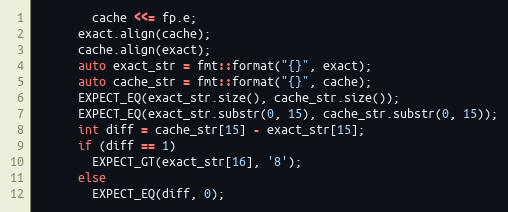
Language: C++
        cache <<= fp.e;
      exact.align(cache);
      cache.align(exact);
      auto exact_str = fmt::format("{}", exact);
      auto cache_str = fmt::format("{}", cache);
      EXPECT_EQ(exact_str.size(), cache_str.size());
      EXPECT_EQ(exact_str.substr(0, 15), cache_str.substr(0, 15));
      int diff = cache_str[15] - exact_str[15];
      if (diff == 1)
        EXPECT_GT(exact_str[16], '8');
      else
        EXPECT_EQ(diff, 0);